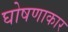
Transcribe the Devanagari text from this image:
घोषणाकार